Report on the working of the Ranchi Indian Mental Hospital, Kanke, in Bihar and Orissa - 1930-1940
Year: 1930
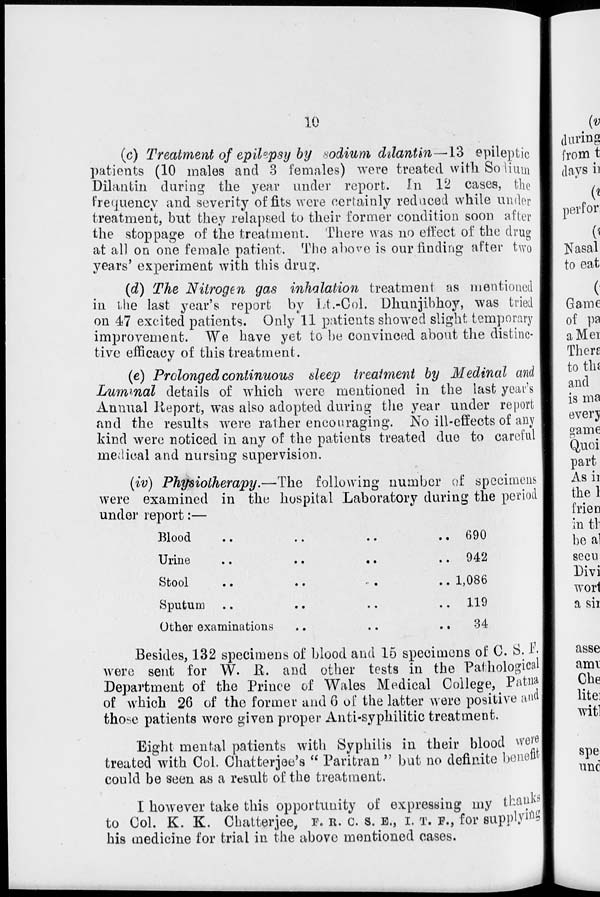
10
(c) Treatment of epilepsy by sodium dilantin—13
epileptic
patients (10 males and 3 females) were treated with Sodium
Dilantin during the year under report. In 12 cases, the
frequency and severity of fits were certainly reduced while under
treatment, but they relapsed to their former condition soon after
the stoppage of the treatment. There was no effect of the drug
at all on one female patient. The above is our finding after two
years' experiment with this drug.
(d) The Nitrogen gas inhalation treatment as mentioned
in the last year's report by Lt.-Col. Dhunjibhoy, was tried
on 47 excited patients. Only 11 patients showed slight temporary
improvement. We have yet to be convinced about the distinc-
tive efficacy of this treatment.
(e) Prolonged continuous sleep treatment by Medinal and
Luminal details of which were mentioned in the last year's
Annual Report, was also adopted during the year under report
and the results were rather encouraging. No ill-effects of any
kind were noticed in any of the patients treated due to careful
medical and nursing supervision.
(iv) Physiotherapy.—The
following number of specimens
were examined in the hospital Laboratory during the period
under report:—
Blood .. .. .. ..
Urine .. .. .. ..
Stool .. .. .. ..
Sputum .. .. .. ..
Other examinations .. .. ..
690
942
1,086
119
34
Besides, 132 specimens of blood and 15 specimens of C. S. F.
were sent for W. R. and other tests in the Pathological
Department of the Prince of Wales Medical College, Patna
of which 26 of the former and 6 of the latter were positive and
those patients were given proper Anti-syphilitic treatment.
Eight mental patients with Syphilis in their blood were
treated with Col. Chatterjee's " Paritran " but no definite benefit
could be seen as a result of the treatment.
I however take this opportunity of expressing my thanks
to Col. K. K. Chatterjee, F. R. C. S. E., I. T. F., for supplying
his medicine for trial in the above mentioned cases.